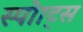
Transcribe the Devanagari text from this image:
स्पोाट्स